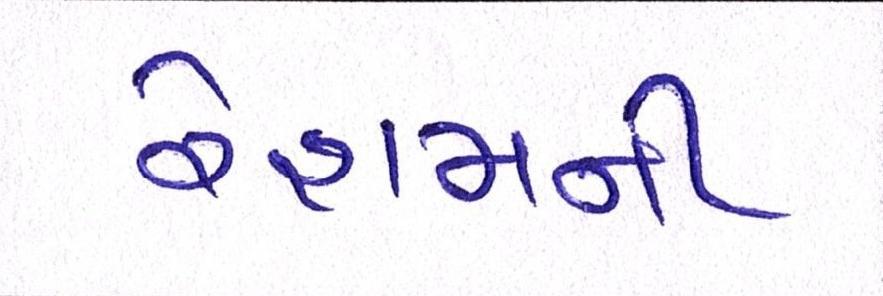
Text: રેશમની